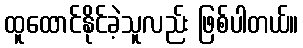
ထူထောင်နိုင်ခဲ့သူလည်း ဖြစ်ပါတယ်။